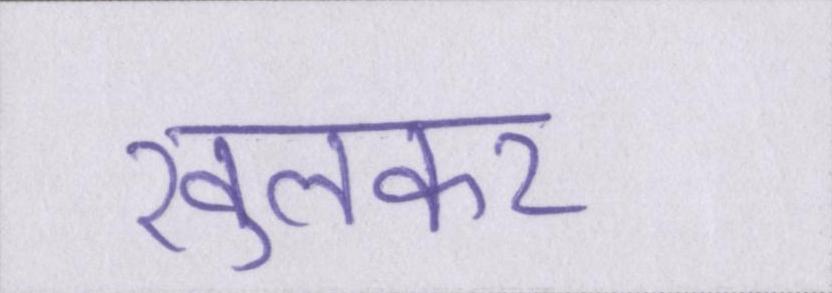
खुलकर